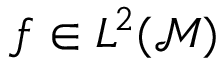
f \in L ^ { 2 } ( \mathcal { M } )